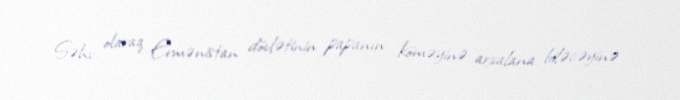
Səhv olaraq Ermənistan dövlətinin papanın köməyinə arxalana biləcəyinə